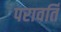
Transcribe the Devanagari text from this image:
परावर्ति